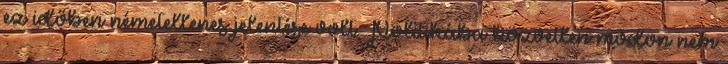
ez időben németellenes jelentése volt. Politikába közvetlen módon nem